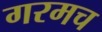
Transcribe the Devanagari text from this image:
गरमच